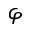
\varphi